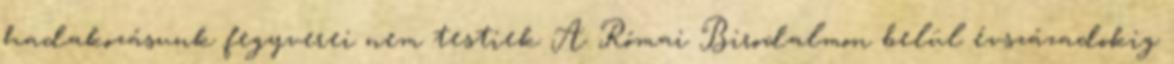
hadakozásunk fegyverei nem testiek A Római Birodalmon belül évszázadokig